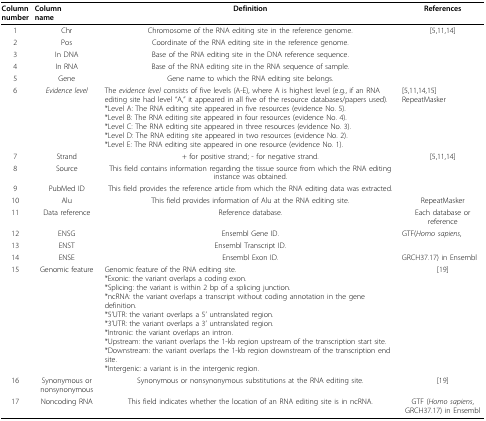
<table><thead><tr><td><b>Columnnumber</b></td><td><b>Columnname</b></td><td><b>Definition</b></td><td><b>References</b></td></tr></thead><tbody><tr><td>1</td><td>Chr</td><td>Chromosome of the RNA editing site in the reference genome.</td><td>[5,11,14]</td></tr><tr><td>2</td><td>Pos</td><td>Coordinate of the RNA editing site in the reference genome.</td><td></td></tr><tr><td>3</td><td>In DNA</td><td>Base of the RNA editing site in the DNA reference sequence.</td><td></td></tr><tr><td>4</td><td>In RNA</td><td>Base of the RNA editing site in the RNA sequence of sample.</td><td></td></tr><tr><td>5</td><td>Gene</td><td>Gene name to which the RNA editing site belongs.</td><td></td></tr><tr><td>6</td><td><i>Evidence level</i></td><td>The <i>evidence level </i>consists of five levels (A-E), where A is highest level (e.g., if an RNA editing site had level &quot;A,&quot; it appeared in all five of the resource databases/papers used).*Level A: The RNA editing site appeared in five resources (evidence No. 5).*Level B: The RNA editing site appeared in four resources (evidence No. 4).*Level C: The RNA editing site appeared in three resources (evidence No. 3).*Level D: The RNA editing site appeared in two resources (evidence No. 2).*Level E: The RNA editing site appeared in one resource (evidence No. 1).</td><td>[5,11,14,15]RepeatMasker</td></tr><tr><td>7</td><td>Strand</td><td>+ for positive strand; - for negative strand.</td><td>[5,11,14]</td></tr><tr><td>8</td><td>Source</td><td>This field contains information regarding the tissue source from which the RNA editing instance was obtained.</td><td></td></tr><tr><td>9</td><td>PubMed ID</td><td>This field provides the reference article from which the RNA editing data was extracted.</td><td></td></tr><tr><td>10</td><td>Alu</td><td>This field provides information of Alu at the RNA editing site.</td><td>RepeatMasker</td></tr><tr><td>11</td><td>Data reference</td><td>Reference database.</td><td>Each database or reference</td></tr><tr><td>12</td><td>ENSG</td><td>Ensembl Gene ID.</td><td>GTF(<i>Homo sapiens</i>,</td></tr><tr><td>13</td><td>ENST</td><td>Ensembl Transcript ID.</td><td></td></tr><tr><td>14</td><td>ENSE</td><td>Ensembl Exon ID.</td><td>GRCH37.17) in Ensembl</td></tr><tr><td>15</td><td>Genomic feature</td><td>Genomic feature of the RNA editing site.*Exonic: the variant overlaps a coding exon.*Splicing: the variant is within 2 bp of a splicing junction.*ncRNA: the variant overlaps a transcript without coding annotation in the gene definition.*5&#x27;UTR: the variant overlaps a 5&#x27; untranslated region.*3&#x27;UTR: the variant overlaps a 3&#x27; untranslated region.*Intronic: the variant overlaps an intron.*Upstream: the variant overlaps the 1-kb region upstream of the transcription start site.*Downstream: the variant overlaps the 1-kb region downstream of the transcription end site.*Intergenic: a variant is in the intergenic region.</td><td>[19]</td></tr><tr><td>16</td><td>Synonymous or nonsynonymous</td><td>Synonymous or nonsynonymous substitutions at the RNA editing site.</td><td>[19]</td></tr><tr><td>17</td><td>Noncoding RNA</td><td>This field indicates whether the location of an RNA editing site is in ncRNA.</td><td>GTF (<i>Homo sapiens</i>, GRCH37.17) in Ensembl</td></tr></tbody></table>